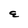
Character: E